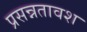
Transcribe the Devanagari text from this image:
प्रसन्नतावश